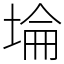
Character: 埨